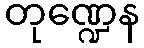
တုဏ္ဍေန